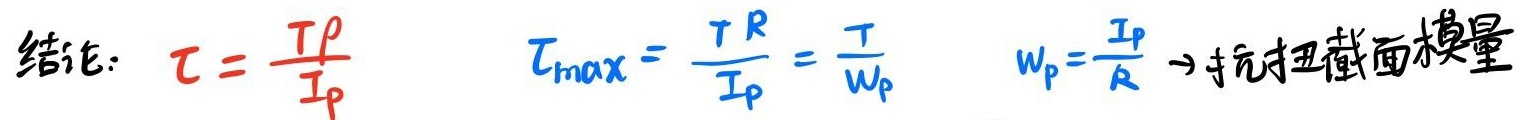
结论：\(\tau = \frac{T\rho}{I_{p}}\)，\(\tau_{\max}=\frac{TR}{I_{p}}=\frac{T}{W_{p}}\)，\(W_{p}=\frac{I_{p}}{R} \to\)抗扭截面模量